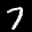
Label: 7